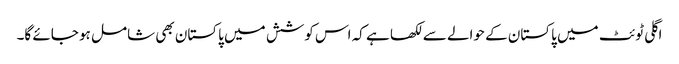
اگلی ٹوئٹ میں پاکستان کے حوالے سے لکھا ہے کہ اس کوشش میں پاکستان بھی شامل ہو جائے گا۔